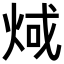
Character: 𪸬